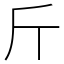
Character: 斤